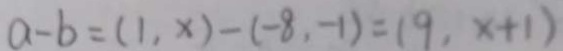
a - b = ( 1 , x ) - ( - 8 , - 1 ) = ( 9 , x + 1 )